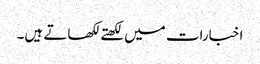
اخبارات میں لکھتے لکھاتے ہیں۔